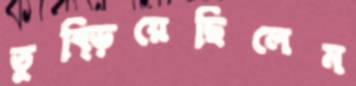
তুব্‌ড়িয়েছিলেম